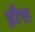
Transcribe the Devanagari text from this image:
ब्रौस